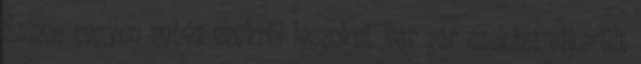
Sajnos nagyon nehéz ezekről leszokni. Bár pár szokást sikerült